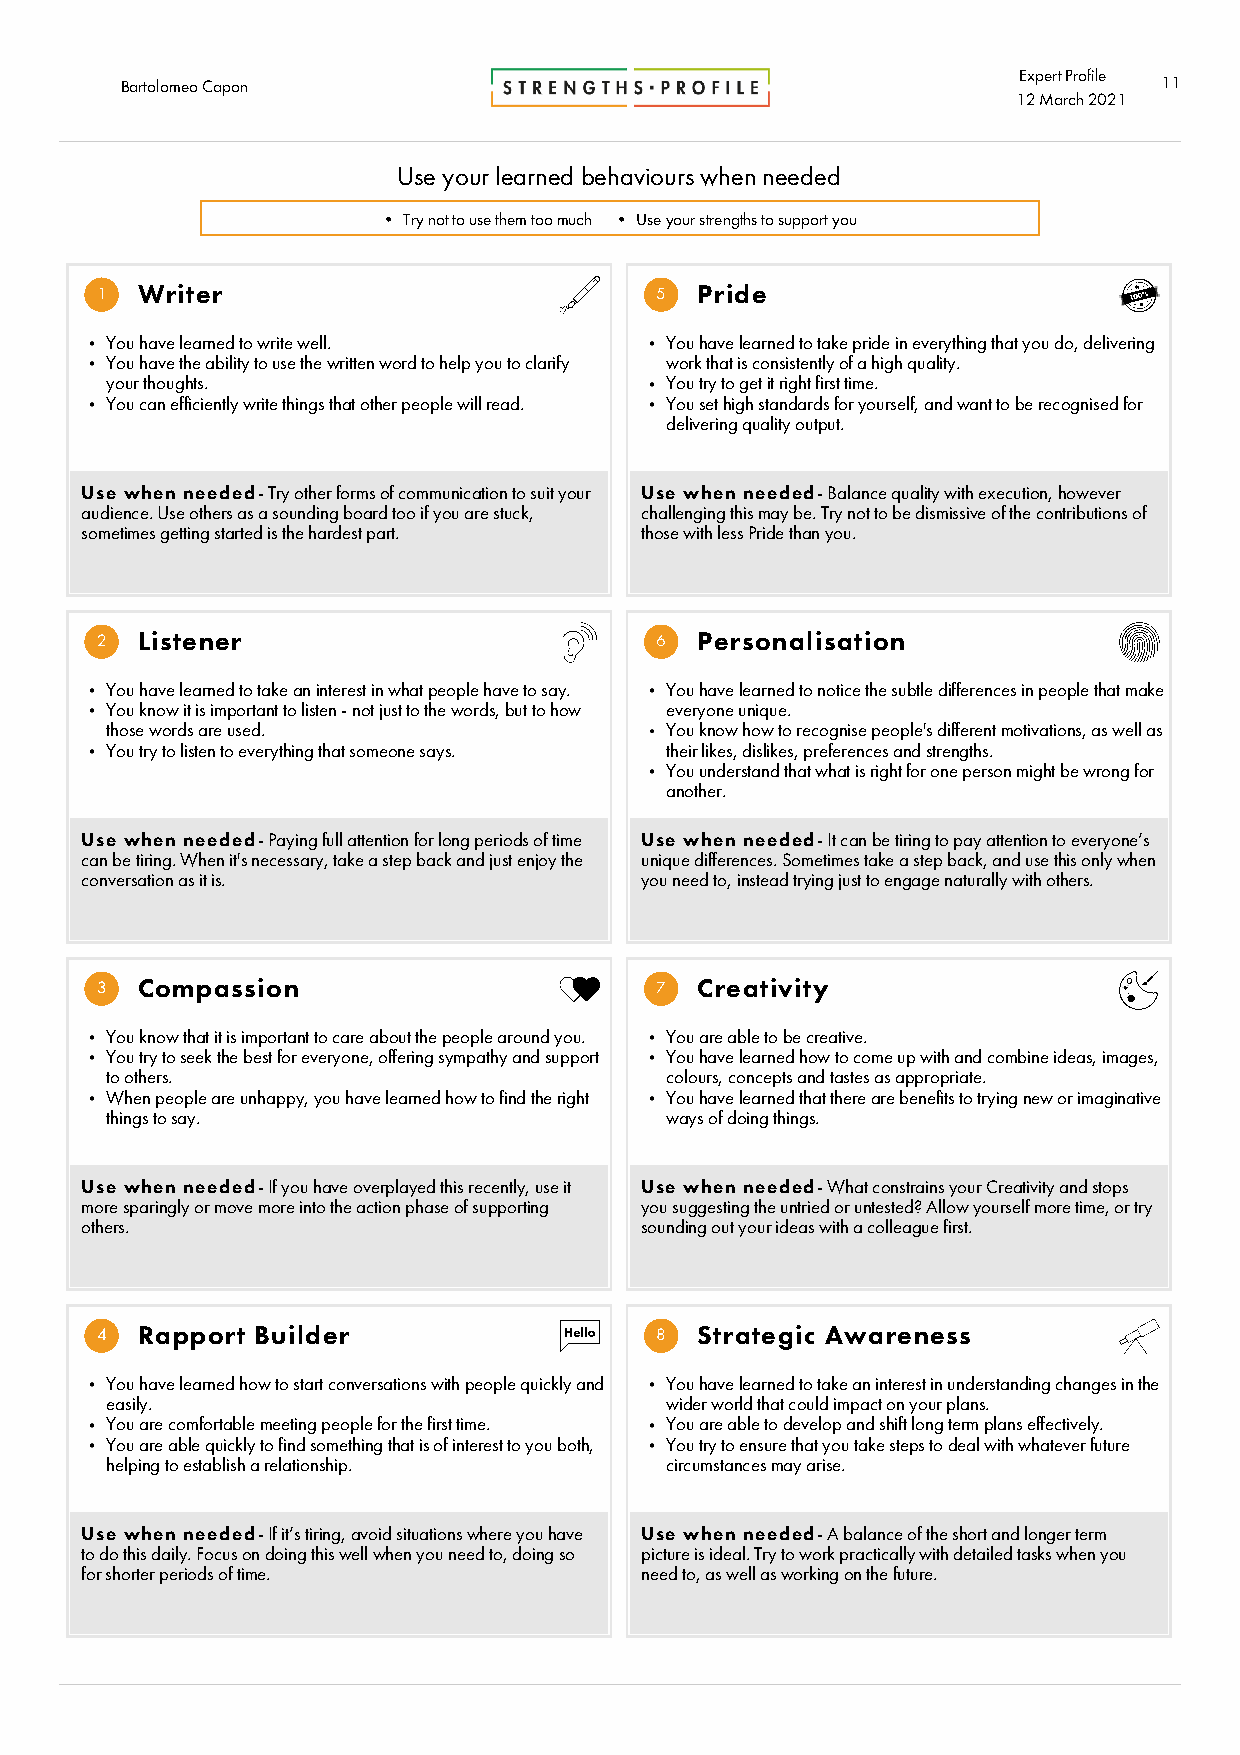
Expert Profile
 Barto lomeo Capon                                                    11
 12 Marc h2021
 Use your learned behaviours when needed
 • Try not to use them too much • Use your strengths to support you
 1  Writer                            5  Pride
 You have learned to write well.      You have learned to take pride in everything that you do, delivering
 You have the ability to use the written word to help you to clarify work that is consistently of a high quality.
 your thoughts.                       You try to get it right first time.
 You can efficiently write things that other people will read. You set high standards for yourself, and want to be recognised for
 delivering quality output.
 Use when needed - Try other forms of communication to suit your Use when needed - Balance quality with execution, however
 audience. Use others as a sounding board too if you are stuck, challenging this may be. Try not to be dismissive of the contributions of
 sometimes getting started is the hardest part. those with less Pride than you.
 2  Listener                          6  Personalisation
 You have learned to take an interest in what people have to say. You have learned to notice the subtle differences in people that make
 You know it is important to listen - not just to the words, but to how everyone unique.
 those words are used.                You know how to recognise people's different motivations, as well as
 You try to listen to everything that someone says. their likes, dislikes, preferences and strengths.
 You understand that what is right for one person might be wrong for
 another.
 Use when needed - Paying full attention for long periods of time Use when needed - It can be tiring to pay attention to everyone’s
 can be tiring. When it's necessary, take a step back and just enjoy the unique differences. Sometimes take a step back, and use this only when
 conversation as it is.               you need to, instead trying just to engage naturally with others.
 3  Compassion                        7  Creativity
 You know that it is important to care about the people around you. You are able to be creative.
 You try to seek the best for everyone, offering sympathy and support You have learned how to come up with and combine ideas, images,
 to others.                           colours, concepts and tastes as appropriate.
 When people are unhappy, you have learned how to find the right You have learned that there are benefits to trying new or imaginative
 things to say.                       ways of doing things.
 Use when needed - If you have overplayed this recently, use it Use when needed - What constrains your Creativity and stops
 more sparingly or move more into the action phase of supporting you suggesting the untried or untested? Allow yourself more time, or try
 others.                              sounding out your ideas with a colleague first.
 4  Rapport Builder                   8  Strategic Awareness
 You have learned how to start conversations with people quickly and You have learned to take an interest in understanding changes in the
 easily.                              wider world that could impact on your plans.
 You are comfortable meeting people for the first time. You are able to develop and shift long term plans effectively.
 You are able quickly to find something that is of interest to you both, You try to ensure that you take steps to deal with whatever future
 helping to establish a relationship. circumstances may arise.
 Use when needed - If it’s tiring, avoid situations where you have Use when needed - A balance of the short and longer term
 to do this daily. Focus on doing this well when you need to, doing so picture is ideal. Try to work practically with detailed tasks when you
 for shorter periods of time.         need to, as well as working on the future.